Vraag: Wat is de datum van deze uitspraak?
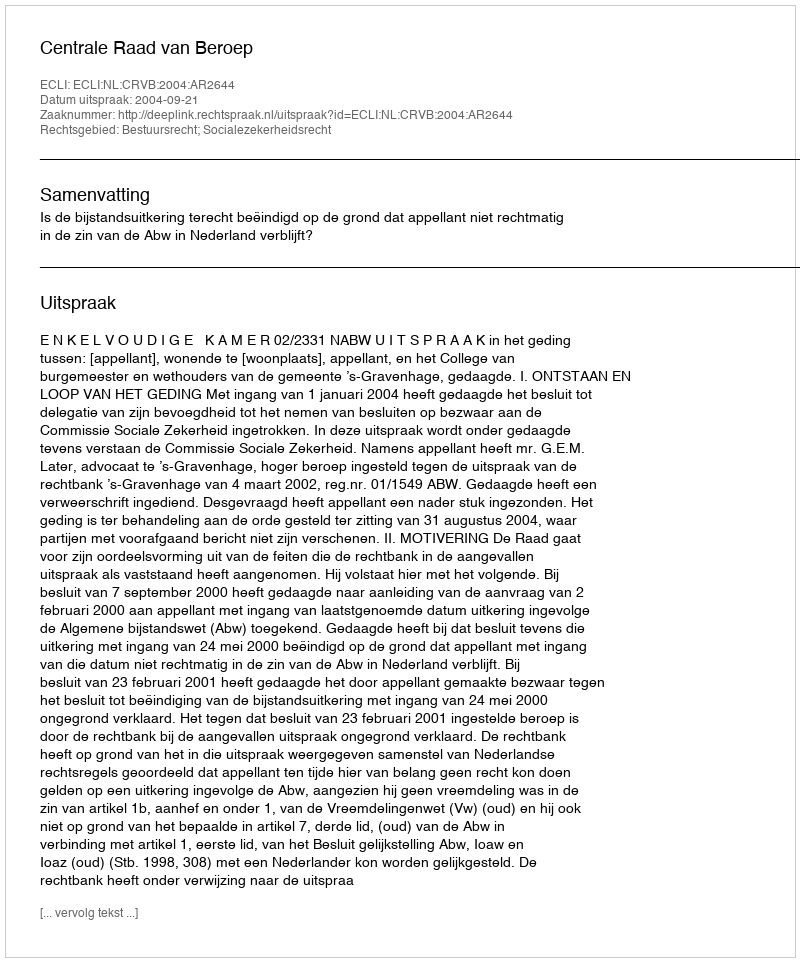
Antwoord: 2004-09-21